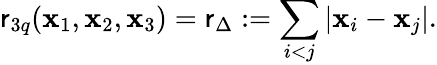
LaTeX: \mathsf{r}_{3q}({\mathbf{x}_{1}},{\mathbf{x}_{2}},{\mathbf{x}_{3}})=\mathsf{r}_{\Delta}:=\sum_{i<j}|{\mathbf{x}_{i}}-{\mathbf{x}_{j}}|.